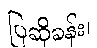
ပြဆိုခန်း၊